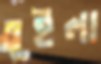
তুইলা